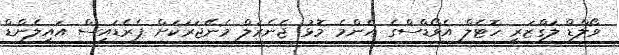
ވޯލްޑް ލަގްޒަރީ ހޮޓެލް އެވޯޑްސްގެ އެންމެ މޮޅު ޖެނެރަލް މެނޭޖަރަކަށް ޕެރެޑައިސް އައިލެންޑް